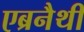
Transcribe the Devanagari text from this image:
एब्रनैथी